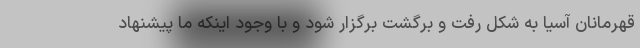
قهرمانان آسیا به شکل رفت و برگشت برگزار شود و با وجود اینکه ما پیشنهاد